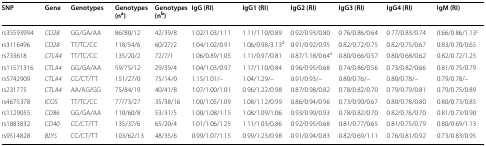
<table><thead><tr><td><b>SNP</b></td><td><b>Gene</b></td><td><b>Genotypes</b></td><td><b>Genotypes (n<sup>a</sup>)</b></td><td><b>Genotypes (n<sup>b</sup>)</b></td><td><b>IgG (RI)</b></td><td><b>IgG1 (RI)</b></td><td><b>IgG2 (RI)</b></td><td><b>IgG3 (RI)</b></td><td><b>IgG4 (RI)</b></td><td><b>IgM (RI)</b></td></tr></thead><tbody><tr><td>rs35593994</td><td><i>CD28</i></td><td>GG/GA/AA</td><td>86/80/12</td><td>42/39/8</td><td>1.02/1.03/1.11</td><td>1.11/1.10/0.89</td><td>0.92/0.93/0.80</td><td>0.76/0.86/0.64</td><td>0.77/0.83/0.74</td><td>0.66/0.86/1.13<sup>c</sup></td></tr><tr><td>rs3116496</td><td><i>CD28</i></td><td>TT/TC/CC</td><td>118/54/6</td><td>60/27/2</td><td>1.04/1.02/0.91</td><td>1.06/0.98/3.13<sup>d</sup></td><td>0.91/0.92/0.95</td><td>0.82/0.72/0.75</td><td>0.82/0.75/0.67</td><td>0.83/0.70/0.65</td></tr><tr><td>rs733618</td><td><i>CTLA4</i></td><td>TT/TC/CC</td><td>135/20/2</td><td>72/7/1</td><td>1.06/0.89/1.05</td><td>1.11/0.97/0.81</td><td>0.87/1.18/0.64<sup>e</sup></td><td>0.80/0.66/0.57</td><td>0.80/0.68/0.62</td><td>0.82/0.72/1.25</td></tr><tr><td>rs11571316</td><td><i>CTLA4</i></td><td>GG/GA/AA</td><td>59/75/12</td><td>29/39/4</td><td>1.04/1.03/0.97</td><td>1.17/1.10/0.84</td><td>0.96/0.95/0.68</td><td>0.74/0.86/0.56</td><td>0.73/0.82/0.66</td><td>0.81/0.75/0.79</td></tr><tr><td>rs5742909</td><td><i>CTLA4</i></td><td>CC/CT/TT</td><td>151/27/0</td><td>75/14/0</td><td>1.15/1.01/–</td><td>1.04/1.29/–</td><td>0.91/0.93/–</td><td>0.80/0.76/–</td><td>0.80/0.78/–</td><td>0.79/0.78/–</td></tr><tr><td>rs231775</td><td><i>CTLA4</i></td><td>AA/AG/GG</td><td>75/84/19</td><td>40/41/8</td><td>1.07/1.00/1.01</td><td>0.96/1.22/0.98</td><td>0.87/0.98/0.82</td><td>0.78/0.82/0.70</td><td>0.79/0.79/0.81</td><td>0.79/0.75/0.89</td></tr><tr><td>rs4675378</td><td><i>ICOS</i></td><td>TT/TC/CC</td><td>77/73/27</td><td>35/38/16</td><td>1.00/1.05/1.09</td><td>1.08/1.12/0.99</td><td>0.86/0.94/0.96</td><td>0.73/0.90/0.67</td><td>0.80/0.78/0.80</td><td>0.80/0.73/0.85</td></tr><tr><td>rs1129055</td><td><i>CD86</i></td><td>GG/GA/AA</td><td>110/60/8</td><td>53/31/5</td><td>1.00/1.08/1.15</td><td>1.08/1.09/1.06</td><td>0.93/0.90/0.93</td><td>0.78/0.82/0.70</td><td>0.82/0.76/0.70</td><td>0.81/0.73/0.90</td></tr><tr><td>rs1883832</td><td><i>CD40</i></td><td>CC/CT/TT</td><td>135/37/6</td><td>65/20/4</td><td>1.01/1.06/1.25</td><td>1.11/1.03/0.86</td><td>0.92/0.95/0.68</td><td>0.81/0.77/0.65</td><td>0.81/0.75/0.79</td><td>0.80/0.69/1.13</td></tr><tr><td>rs9514828</td><td><i>BLYS</i></td><td>CC/CT/TT</td><td>103/62/13</td><td>48/35/6</td><td>0.99/1.07/1.15</td><td>0.99/1.23/0.98</td><td>0.91/0.94/0.83</td><td>0.82/0.69/1.11</td><td>0.76/0.81/0.92</td><td>0.73/0.83/0.95</td></tr></tbody></table>